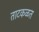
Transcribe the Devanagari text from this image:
ताटकळत